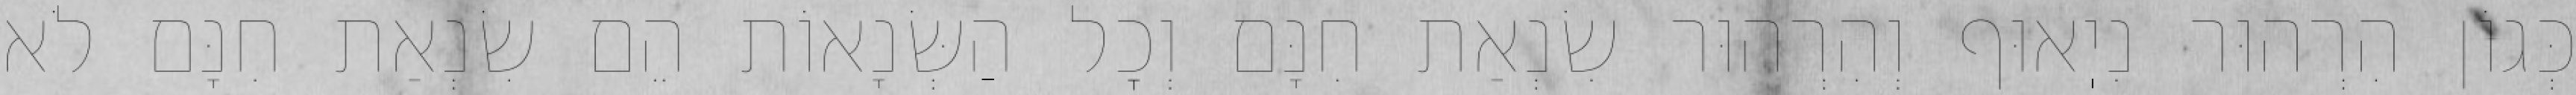
כְּגוֹן הִרְהוּר נִיֽאוּף וְהִרְהוּר שִׂנְאַת חִנָּם וְכׇל הַשְּׂנָאוֹת הֵם שִׂנְאַת חִנָּם לֹא